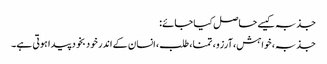
جذبہ کیسے حاصل کیا جائے:
جذبہ، خواہش، آرزو، تمنا، طلب، انسان کے اندر خود بخود پیدا ہوتی ہے۔